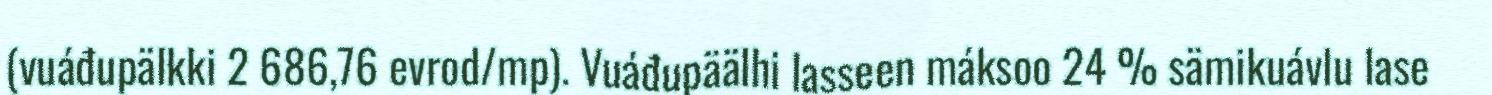
(vuáđupälkki 2 686,76 evrod/mp). Vuáđupäälhi lasseen máksoo 24 % sämikuávlu lase